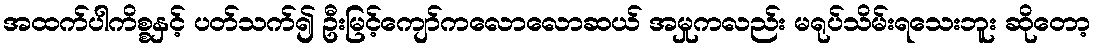
အထက်ပါကိစ္စနှင့် ပတ်သက်၍ ဦးမြင့်ကျော်ကလောလောဆယ် အမှုကလည်း မရုပ်သိမ်းရသေးဘူး ဆိုတော့